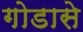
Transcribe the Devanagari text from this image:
गोडासे